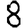
Digit: 8